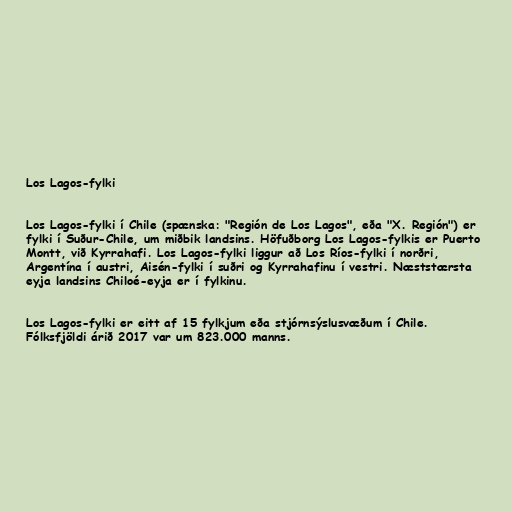
Los Lagos-fylki

Los Lagos-fylki í Chile (spænska: "Región de Los Lagos", eða "X. Región") er
fylki í Suður-Chile, um miðbik landsins. Höfuðborg Los Lagos-fylkis er Puerto
Montt, við Kyrrahafi. Los Lagos-fylki liggur að Los Ríos-fylki í norðri,
Argentína í austri, Aisén-fylki í suðri og Kyrrahafinu í vestri. Næststærsta
eyja landsins Chiloé-eyja er í fylkinu.

Los Lagos-fylki er eitt af 15 fylkjum eða stjórnsýslusvæðum í Chile.
Fólksfjöldi árið 2017 var um 823.000 manns.